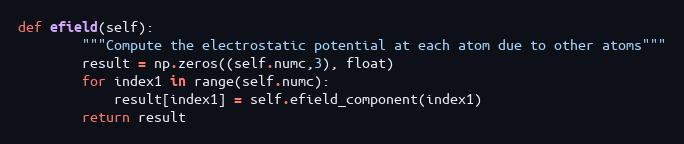
Language: Python
def efield(self):
        """Compute the electrostatic potential at each atom due to other atoms"""
        result = np.zeros((self.numc,3), float)
        for index1 in range(self.numc):
            result[index1] = self.efield_component(index1)
        return result